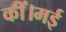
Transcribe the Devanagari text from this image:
कीं।मई